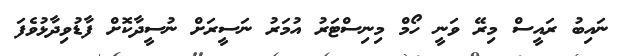
ނައިބު ރައީސް މިރޭ ވަނީ ހޯމް މިނިސްޓަރު އުމަރު ނަސީރަށް ނުސީދާކޮށް ފާޑުވިދާޅުވެފަ